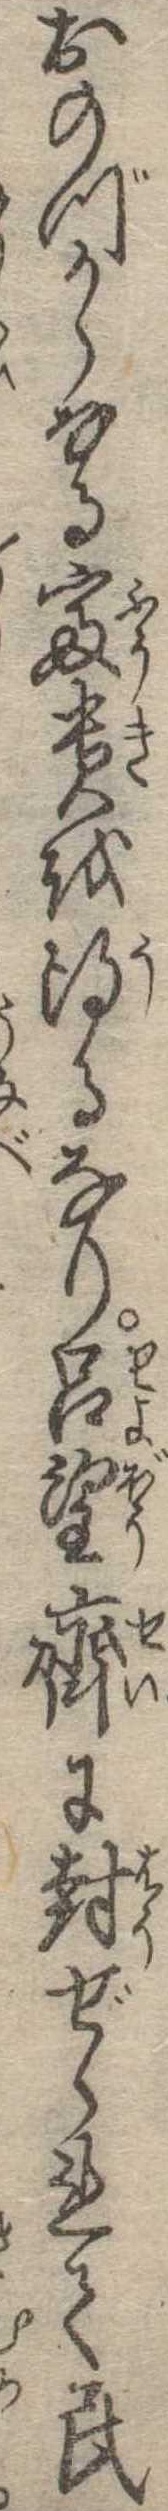
おのづからなる富貴を得るなり呂望斉に封ぜられて民